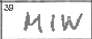
Transcription: MIW